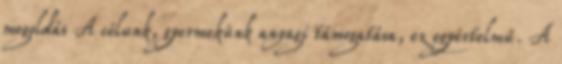
megoldás A célunk, gyermekünk anyagi támogatása, ez egyértelmű. A